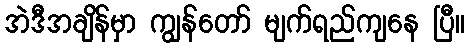
အဲဒီအချိန်မှာ ကျွန်တော် မျက်ရည်ကျနေ ပြီ။